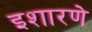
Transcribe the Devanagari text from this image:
इशारणे